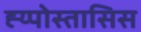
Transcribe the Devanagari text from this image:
ह्य्पोस्तासिस